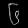
Digit: ၆